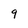
Character: 9